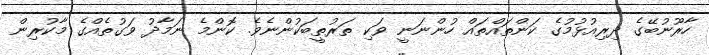
ހާރޫނުބޭގެ ދިރިއުޅުމުގެ ކަންތައްތައް ހުންނަނީ ވަކި ތަރުތީބަކުންނެވެ. ކޮންމެ ނަމާދު ވަގުތެއްގެ މާކުރިން